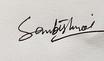
Signature authenticity: genuine